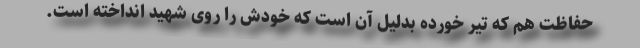
حفاظت هم که تیر خورده بدلیل آن است که خودش را روی شهید انداخته است.